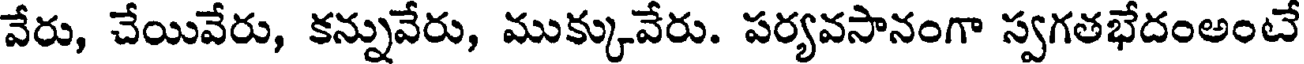
వేరు, చేయివేరు, కన్నువేరు, ముక్కువేరు. పర్యవసానంగా స్వగతభేదంఅంటే